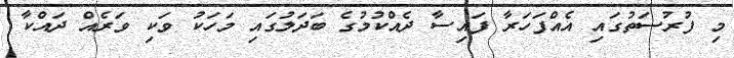
މި ފުރުސަތުގައި އެއްފަހަރާ ފައިސާ ދެއްކުމުގެ ބަދަލުގައި މަހަކު ވަކި ވަރެއް ދައްކާ